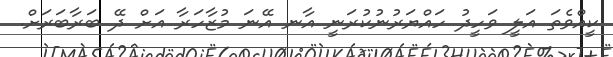
ކީއްވެތަ އަލީ ވަހީދު ހައްޔަރުނުކުރަނީ އާނ އޭނަ މުޒާހަރާ އަށް ދޭ ބަރާބަރަށް.